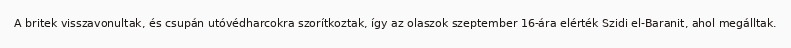
A britek visszavonultak, és csupán utóvédharcokra szorítkoztak, így az olaszok szeptember 16-ára elérték Szidi el-Baranit, ahol megálltak.